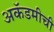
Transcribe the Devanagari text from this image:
अकॅडमीची